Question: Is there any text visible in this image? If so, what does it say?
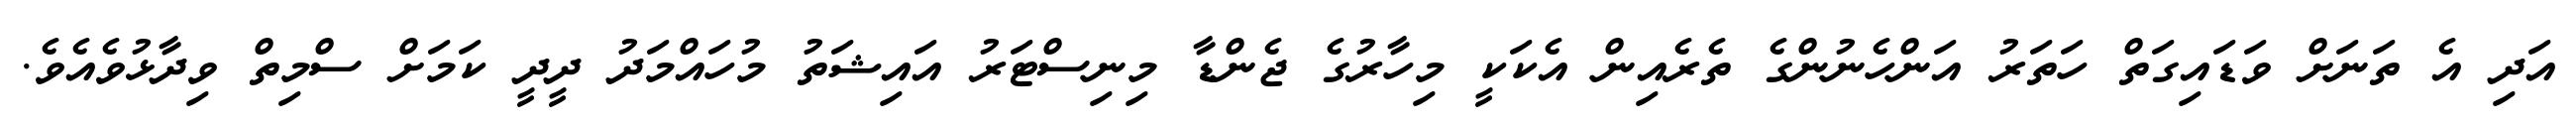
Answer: އަދި އެ ތަނަށް ވަޑައިގަތް ހަތަރު އަންހެނުންގެ ތެރެއިން އެކަކީ މިހާރުގެ ޖެންޑާ މިނިސްޓަރު އައިޝަތު މުހައްމަދު ދީދީ ކަމަށް ސްމިތް ވިދާޅުވެއެވެ.